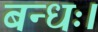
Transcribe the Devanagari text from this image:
बन्धः।